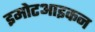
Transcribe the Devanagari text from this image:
इमोटआइकन